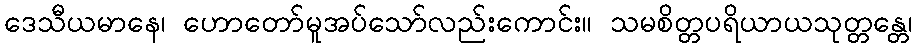
ဒေသီယမာနေ၊ ဟောတော်မူအပ်သော်လည်းကောင်း။ သမစိတ္တပရိယာယသုတ္တန္တေ၊